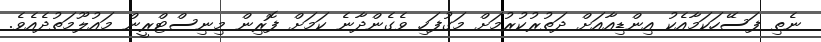
ނެތި ފަސޭހަކަމާއެކު އިންޑިއާއަށް ދަތުރުކުރުމަށް މަގުފަހި ވެގެންދާނެ ކަމަށް ފޮރިން މިނިސްޓްރީން މައުލޫމަތުދެއެވެ.